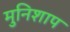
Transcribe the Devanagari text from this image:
मुनिशाप